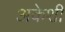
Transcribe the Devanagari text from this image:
अकेशी